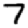
Digit: 7